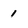
Character: 1